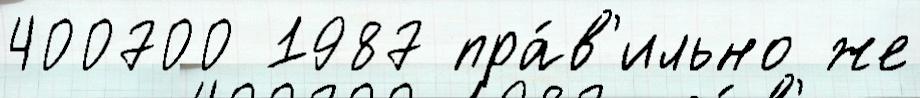
400700 1987 пра́в'ильно же